system: You are a helpful assistant.
user:
Analyze the provided spectrum to determine if it is a **White Dwarf (WD)**.

A White Dwarf spectrum is defined by its **extreme purity** (due to gravitational settling) and/or **extreme pressure broadening** (due to high surface gravity). You must check for one of the following mutually exclusive signatures:

- **Key Visual Indicators (Check for ONE of these types):**

    - **1. DA-Type Signature (Most Common):**
        - **(Primary Feature):** Extreme pressure broadening (Stark broadening) of the **Hydrogen (H) Balmer lines**.
        - **(Key Lines):** $H\beta$ (approx. $4861$ Å) and $H\gamma$ (approx. $4340$ Å). $H\alpha$ (approx. $6563$ Å) will also be present if the wavelength range covers it.
        - **(Line Profile):** This is the **defining feature**. The lines are **NOT** sharp. They appear as massive, **extremely broad and deep "troughs" or "dips"** in the spectrum, often hundreds of Ångströms wide. The continuum will appear to "scoop" down at these wavelengths.
        - **(Distinction):** Normal A-type or B-type stars have *narrow* and *sharp* Hydrogen lines. A DA White Dwarf's lines are unmistakably "smeared" or "blurry" from pressure.

    - **2. DB-Type Signature:**
        - **(Primary Feature):** Broad absorption lines from **Neutral Helium (He I)**. The spectrum must lack any visible Hydrogen lines.
        - **(Key Lines):** Look for broad absorption near $4471$ Å, $4921$ Å, and $5876$ Å.
        - **(Line Profile):** These lines are also significantly pressure-broadened, appearing much wider than they would in a normal B-type main-sequence star.

    - **3. DC-Type Signature:**
        - **(Primary Feature):** A **featureless continuous spectrum**.
        - **(Line Profile):** The spectrum is a smooth curve with **no significant absorption or emission lines**.
        - **(Key Confirmation):** The continuum is almost always **blue or white**, indicating a hot object. This signature implies the atmosphere is so pure (or so cool) that no spectral lines are visible in the optical range. Its WD identity is confirmed by its extremely low intrinsic brightness (high absolute magnitude).

    - **4. DZ-Type Signature (Metal-Polluted):**
        - **(Primary Feature):** **Isolated, narrow metal absorption lines** on an otherwise featureless (DC-like) continuum.
        - **(Key Lines):** The **Calcium (Ca II) H & K doublet** (approx. **$3934$ Å** and **$3968$ Å**) is the most common and defining feature.
        - **(Line Profile):** These lines are "out of place." They are *not* part of a "forest" of thousands of lines. This signature is evidence of recent *accretion* (pollution) from rocky debris.
        - **(Distinction):** Normal G/K/M stars have a *dense forest* of thousands of metal lines. A DZ has a *clean* continuum with *only a few* strong metal lines.

    - **5. DQ-Type Signature (Carbon-Polluted):**
        - **(Primary Feature):** Absorption bands from **Carbon (C₂ "Swan Bands" or atomic C I)**.
        - **(Key Lines - C₂):** Look for bandheads with a "saw-tooth" shape near $5635$ Å, **$5165$ Å** (strongest), and $4737$ Å.
        - **(Key Confirmation):** The underlying **continuum must be blue or white** (hot).
        - **(Distinction):** This is the critical difference from a **Carbon Star**, which has the *exact same* C₂ bands but on an extremely **red, cool** continuum.

- **(Overall Spectrum):**
    - The continuum (overall shape) is typically **blue-sloping** (brighter in the blue than the red), as most white dwarfs are very hot.
    - The spectrum will look "pure" or "simple," dominated by only *one* of the five signatures listed above.

Think first, call **spectral_visualization_tool** if needed to examine features in detail, then provide your final answer. Your response must adhere to the following strict rules:
1.  **Overall Structure:** Your response must follow the format `<think>...</think> <tool_call>...</tool_call> (if a tool is used) <answer>...</answer>`.
2.  **Tool Usage Constraint:** You may only make **one** tool call per turn.
3.  **Final Answer Format:** In the `<answer>` tag, your conclusion must be inside a `\boxed{}` command (e.g., `\boxed{YES}` or `\boxed{NO}`), followed by your justification.

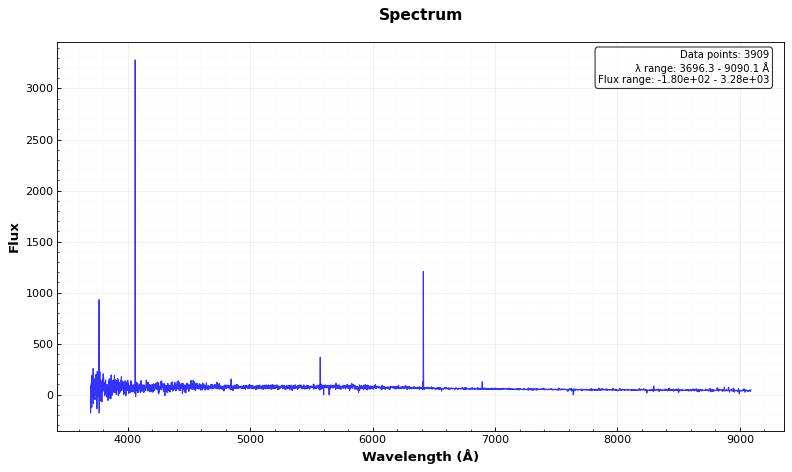
Answer: NO